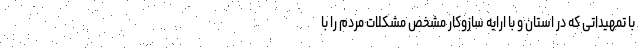
با تمهیداتی که در استان و با ارایه سازوکار مشخص مشکلات مردم را با